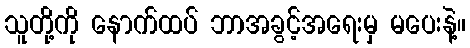
သူတို့ကို နောက်ထပ် ဘာအခွင့်အရေးမှ မပေးနဲ့။